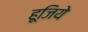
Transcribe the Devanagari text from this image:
हूजिये